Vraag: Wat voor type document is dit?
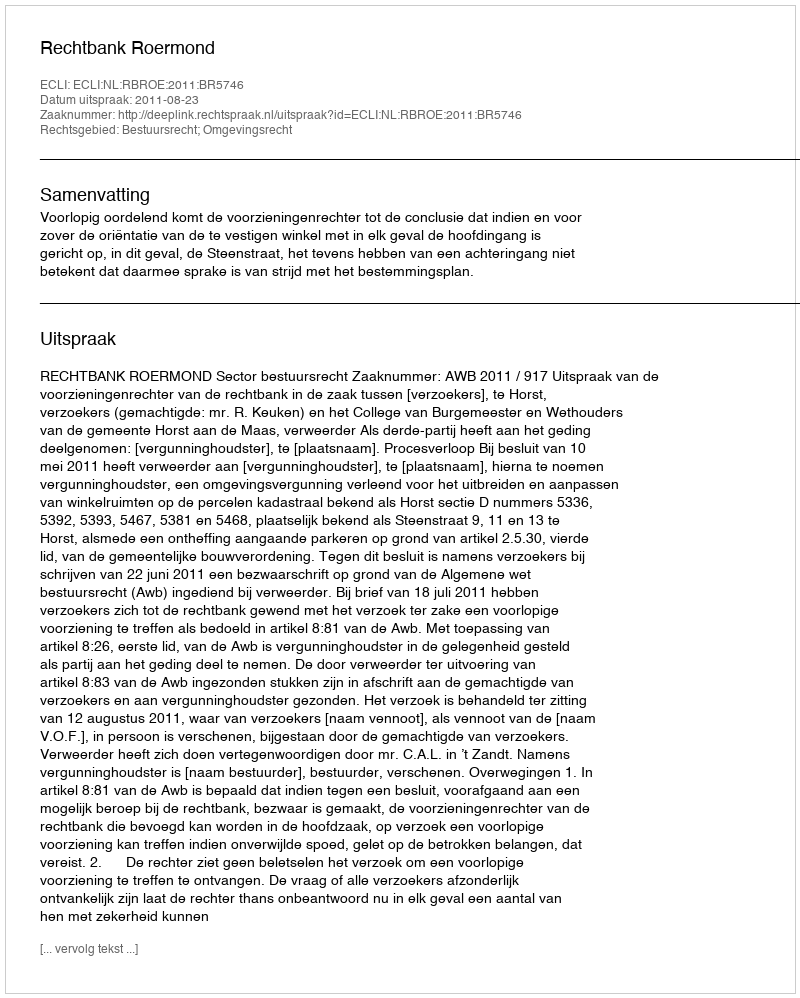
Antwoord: Uitspraak